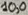
Text: 10,0